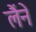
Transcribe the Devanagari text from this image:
लैंने